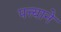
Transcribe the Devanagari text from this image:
पत्त्याने